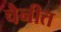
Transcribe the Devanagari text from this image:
चैनीत